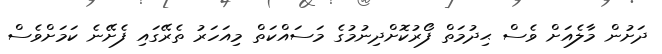
ދަށުން މާލެއަށް ވެސް ޙިދުމަތް ފޯރުކޮށްދިނުމުގެ މަސައްކަތް މިއަހަރު ތެރޭގައި ފެށޭނެ ކަމަށްވެސް